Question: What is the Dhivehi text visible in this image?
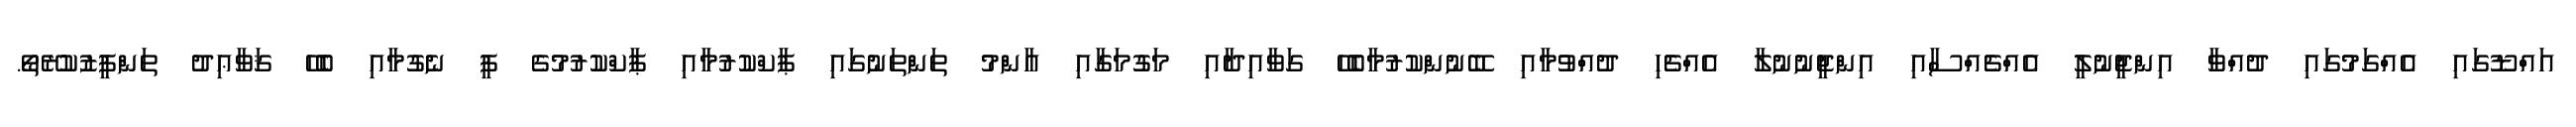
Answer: އައްޑޫގައި އެއްގަމުގައި ދުއްވާ އިންޖީނުލީ އެއްޗެއްސާއި އިންޖީނުނުލާ އެއްޗެހި ދުއްވުމާއި ބޭނުންކުރުމާބެހޭ ގަވާއިދާއި މަގުމަގާއި އާންމު ތަންތަނުގައި ޕާކްކުރުމާއި ޕާކްކުރުމުގެ ފީ ނެގުމާއި ބެހޭ ޤަވާޢިދު ތަންފީޒުކުރޭތޯ.